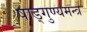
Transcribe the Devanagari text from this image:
षाड्गुण्यमन्त्र